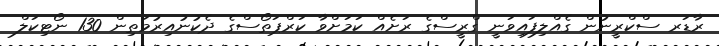
ރާޑަރ ސްކްރީނުން ގެއްލިފައިވަނީ ގްރީސްގެ ރަށެއް ކަމަށްވާ ކަރްޕަތޯސްގެ ދެކުނުއިރުމަތިން 130 ނޯޓިކަލް